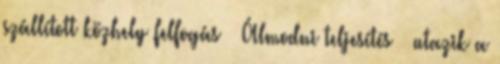
szállított közhely felfogás · Álmodni teljesítés · utazik a